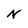
Character: N